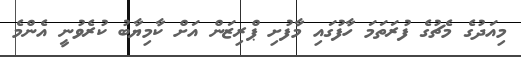
މިއަދުގެ މެޗުގެ ފުރަތަމަ ހާފުގައި މާފުށި ޕްރިޒަން އަށް ކާމިޔާބު ކުރެވުނީ އެންމެ